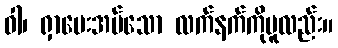
ဝါ၊ ရှာပေးအပ်သော လက်နက်ကိုမူလည်း။